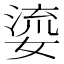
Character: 𭒐